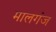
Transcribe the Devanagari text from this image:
मालगंज